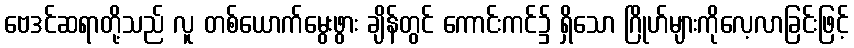
ဗေဒင်ဆရာတို့သည် လူ တစ်ယောက်မွေးဖွား ချိန်တွင် ကောင်းကင်၌ ရှိသော ဂြိုဟ်များကိုလေ့လာခြင်းဖြင့်